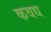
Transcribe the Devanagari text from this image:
कवध